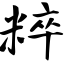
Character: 粹